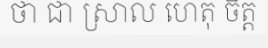
ថា ជា ស្រាល ហេតុ ចិត្ត